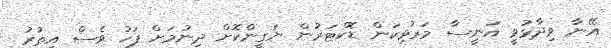
އޭނާ ވިދާޅުވީ އަނީސާ މަރުވިކަން ޑޮކްޓަރުން ޔަގީންކޮށް ދިނުމަށް ފަހު ވެސް އިތުރު